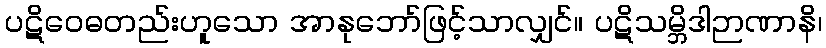
ပဋိဝေဓတည်းဟူသော အာနုဘော်ဖြင့်သာလျှင်။ ပဋိသမ္ဘိဒါဉာဏာနိ၊